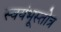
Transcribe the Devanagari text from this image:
स्वयंभूस्तोत्र